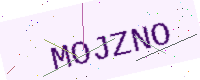
Text: MOJZNO